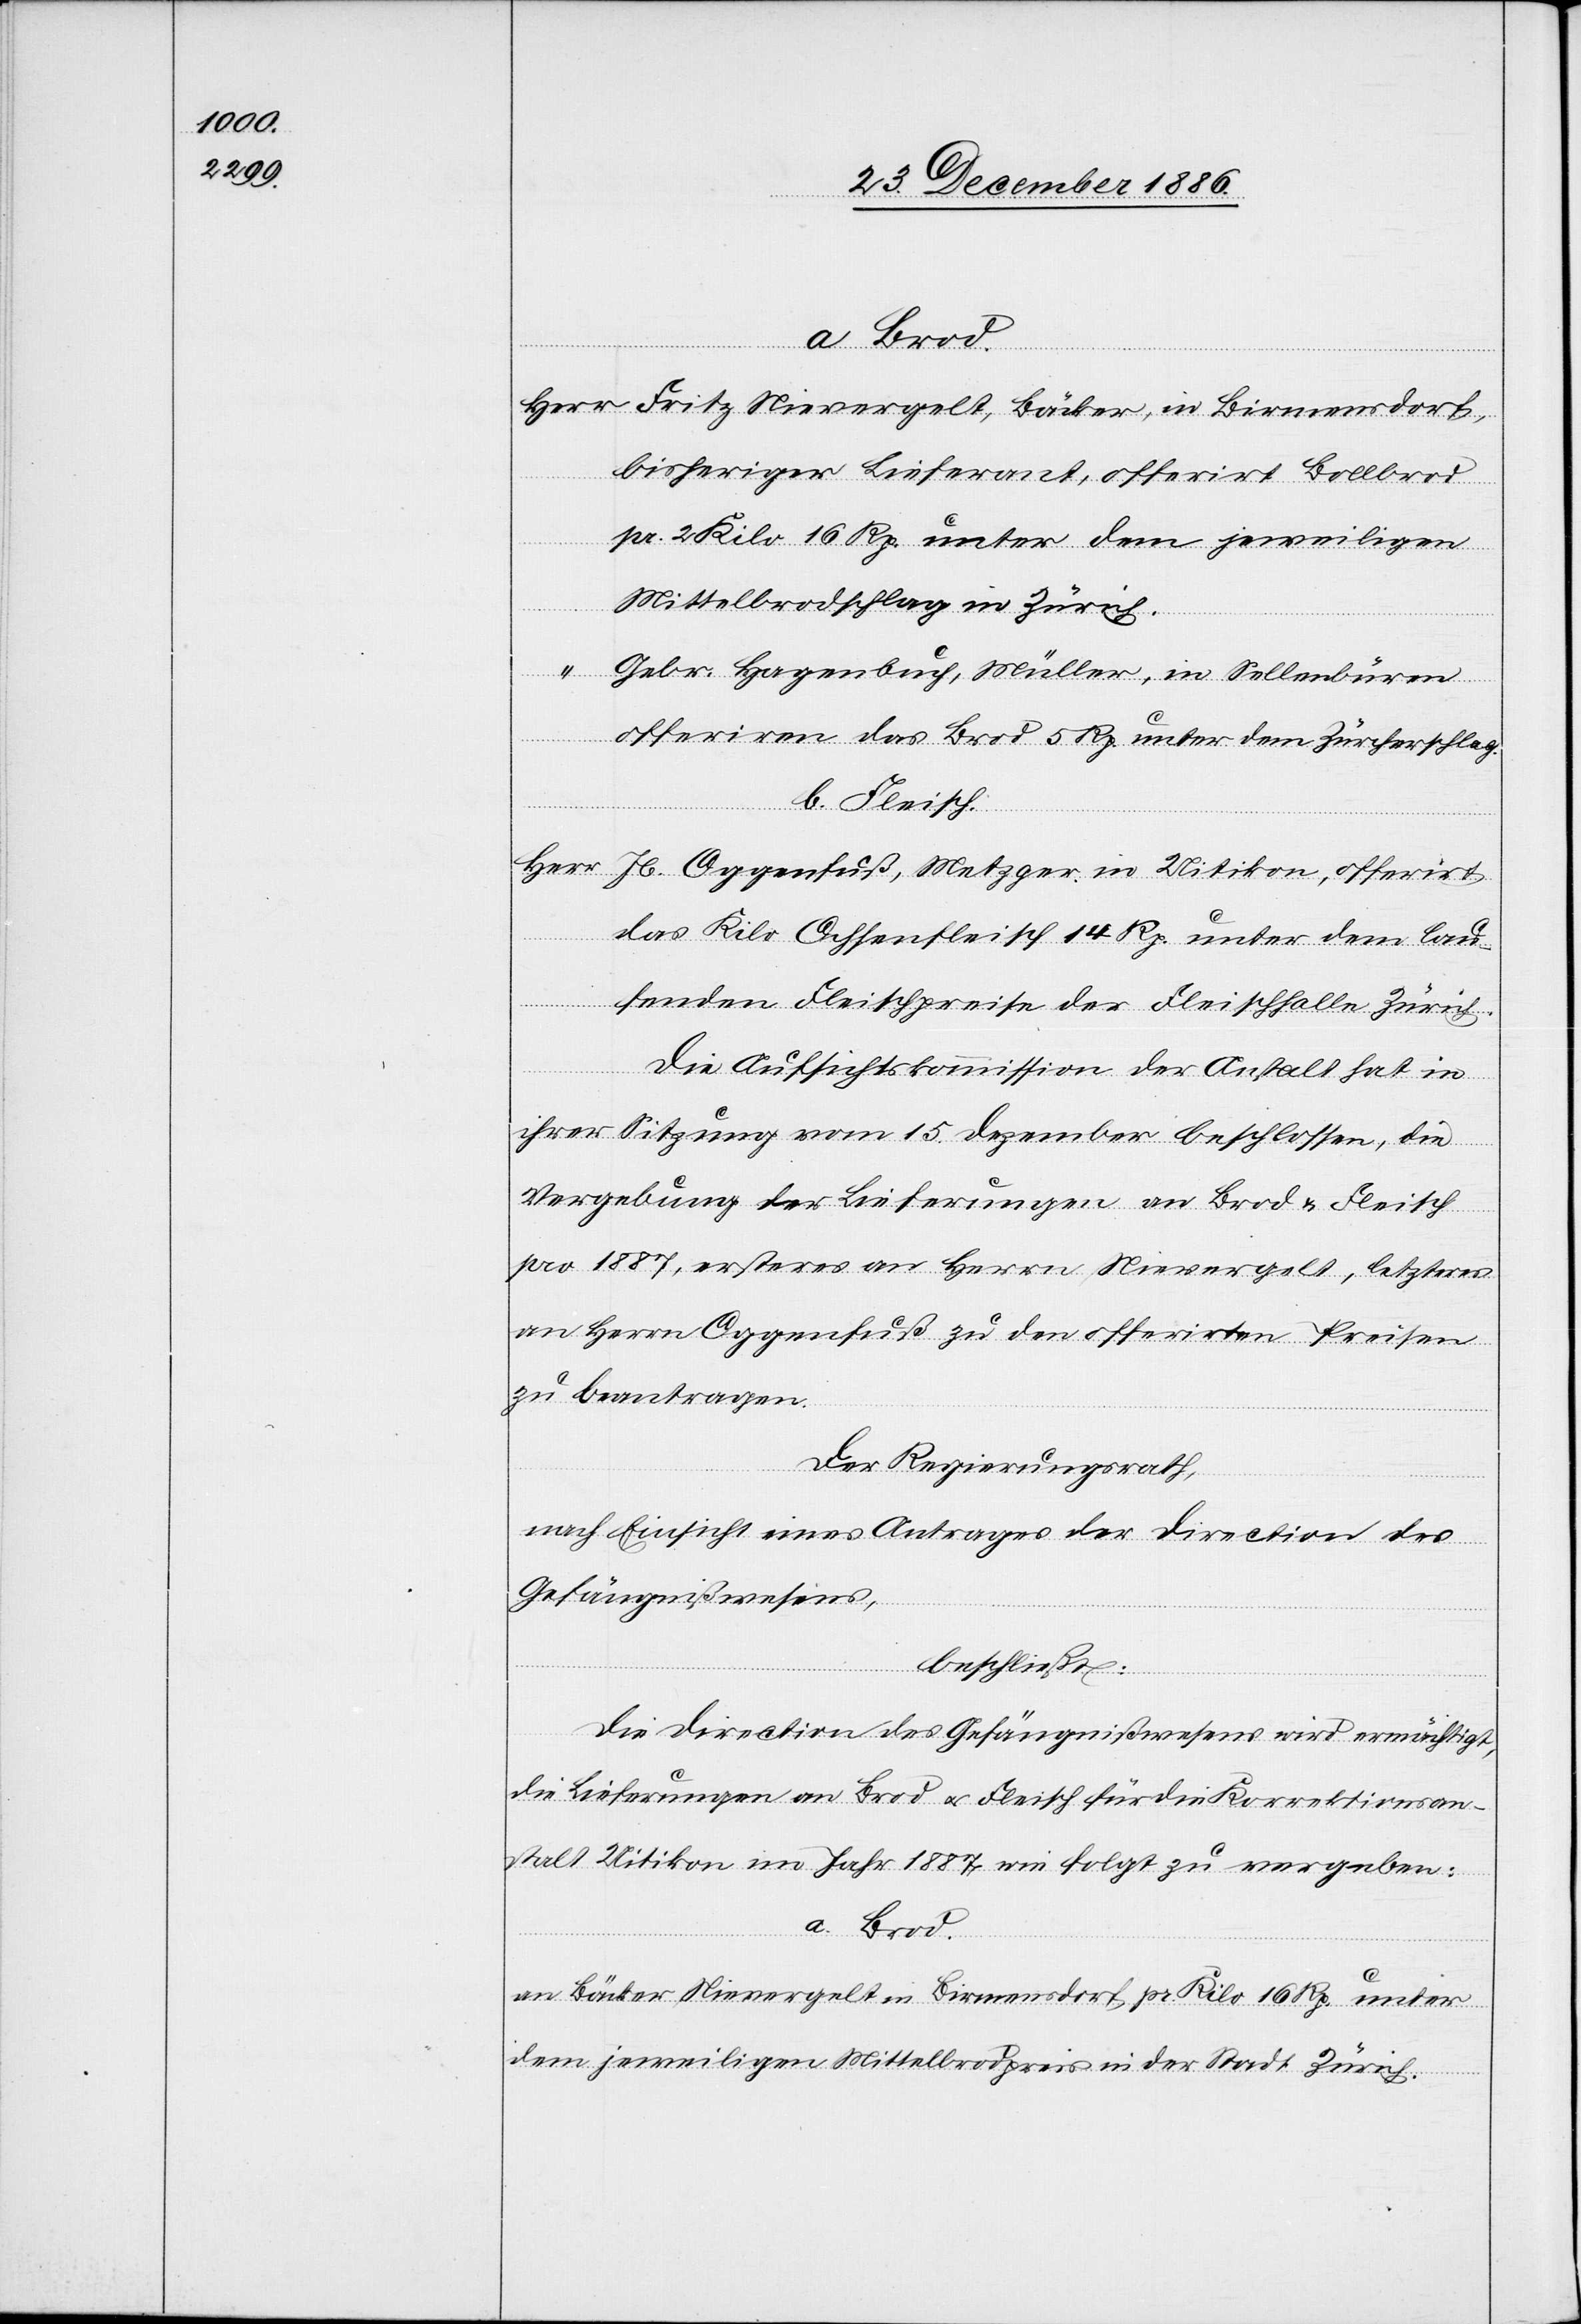
Jb.
bisheriger Lieferant, offerirt Bollbrod
offerirt
pr. 2 Kilo 16 Rp. unter dem jeweiligen
Mittelbrodschlag in Zürich.
Uitikon,
Gebr. Hagenbuch, Müller, in Sellenbüren
offeriren das Brod 5 Rp. unter dem Zürcherschlag.
b. Fleisch
in
das Kilo Ochsenfleisch 14 Rp. unter dem lau¬
Fritz
fenden Fleischpreise der Fleischhalle Zürich.
Die Aufsichtskommission der Anstalt hat in
ihrer Sitzung vom 15. Dezember beschlossen, die
Vergebung der Lieferungen an Brod & Fleisch
pro 1887, ersteres an Herrn Nievergelt, letzteres
an Herrn Oggenfuß zu den offerirten Preisen
zu beantragen.
Der Regierungsrath,
nach Einsicht eines Antrages der Direction des
Gefängnißwesens,
beschließt:
Die Direction des Gefängnißwesens wird ermächtigt,
die Lieferungen an Brod & Fleisch für die Korrektionsan¬
stalt Uitikon im Jahr 1887 wie folgt zu vergeben:
a. Brod.
an Bäcker Nievergelt in Birmensdorf pr. Kilo 16 Rp. unter
dem jeweiligen Mittelbrodpreis in der Stadt Zürich.